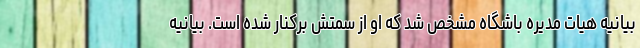
بیانیه هیات مدیره باشگاه مشخص شد که او از سمتش برکنار شده است. بیانیه